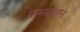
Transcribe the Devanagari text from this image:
ग्रामप्रधान